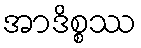
အာဒိစ္စဿ